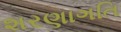
શરણાગતિ